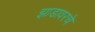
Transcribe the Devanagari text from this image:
झाडावरचे